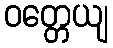
ဝတ္တေယျ